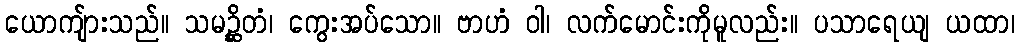
ယောကျ်ားသည်။ သမဉ္ဆိတံ၊ ကွေးအပ်သော။ ဗာဟံ ဝါ၊ လက်မောင်းကိုမူလည်း။ ပသာရေယျ ယထာ၊